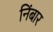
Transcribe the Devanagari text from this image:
निंबार